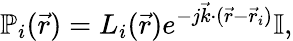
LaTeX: \mathbb{P}_{i}(\vec{r})=L_{i}(\vec{r})e^{-j\vec{k}\cdot(\vec{r}-\vec{r}_{i})}\mathbb{I},